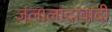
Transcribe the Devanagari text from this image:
जलालादावादी